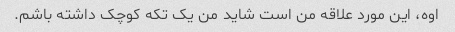
اوه، این مورد علاقه من است شاید من یک تکه کوچک داشته باشم.